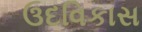
ઉદવિકાસ